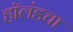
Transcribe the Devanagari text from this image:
हॉलंडचा